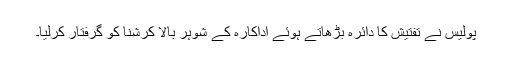
پولیس نے تفتیش کا دائرہ بڑھاتے ہوئے اداکارہ کے شوہر بالا کرشنا کو گرفتار کرلیا۔